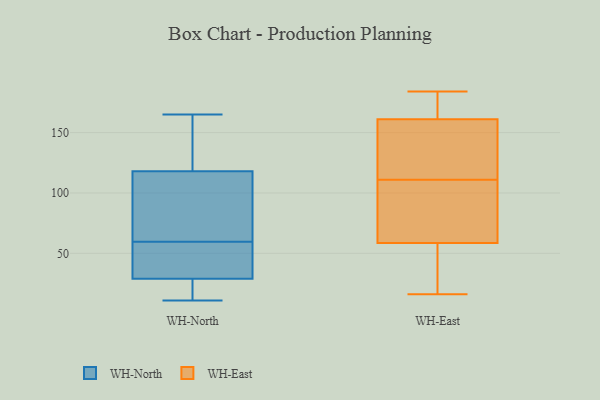
{"axis": {"x": "Budget (USD K)", "y": "Value"}, "legend": ["WH-East", "WH-North"], "data": [{"x": "", "y": 72, "type": "WH-North"}, {"x": "", "y": 26, "type": "WH-North"}, {"x": "", "y": 165, "type": "WH-North"}, {"x": "", "y": 113, "type": "WH-North"}, {"x": "", "y": 34, "type": "WH-North"}, {"x": "", "y": 118, "type": "WH-North"}, {"x": "", "y": 20, "type": "WH-North"}, {"x": "", "y": 93, "type": "WH-North"}, {"x": "", "y": 57, "type": "WH-North"}, {"x": "", "y": 29, "type": "WH-North"}, {"x": "", "y": 146, "type": "WH-North"}, {"x": "", "y": 143, "type": "WH-North"}, {"x": "", "y": 62, "type": "WH-North"}, {"x": "", "y": 15, "type": "WH-North"}, {"x": "", "y": 11, "type": "WH-North"}, {"x": "", "y": 57, "type": "WH-North"}, {"x": "", "y": 144, "type": "WH-North"}, {"x": "", "y": 53, "type": "WH-North"}, {"x": "", "y": 165, "type": "WH-East"}, {"x": "", "y": 16, "type": "WH-East"}, {"x": "", "y": 170, "type": "WH-East"}, {"x": "", "y": 82, "type": "WH-East"}, {"x": "", "y": 122, "type": "WH-East"}, {"x": "", "y": 157, "type": "WH-East"}, {"x": "", "y": 89, "type": "WH-East"}, {"x": "", "y": 162, "type": "WH-East"}, {"x": "", "y": 22, "type": "WH-East"}, {"x": "", "y": 160, "type": "WH-East"}, {"x": "", "y": 124, "type": "WH-East"}, {"x": "", "y": 172, "type": "WH-East"}, {"x": "", "y": 60, "type": "WH-East"}, {"x": "", "y": 184, "type": "WH-East"}, {"x": "", "y": 57, "type": "WH-East"}, {"x": "", "y": 38, "type": "WH-East"}, {"x": "", "y": 76, "type": "WH-East"}, {"x": "", "y": 135, "type": "WH-East"}, {"x": "", "y": 25, "type": "WH-East"}, {"x": "", "y": 100, "type": "WH-East"}]}